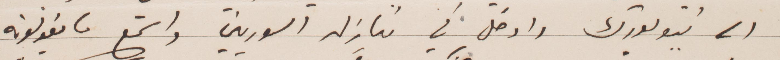
الى نيويورك وادخل في منازل السوريين واستمع ما يقولونه